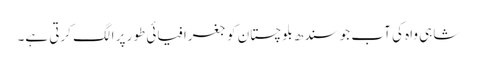
شاہی واہ کی آب جو سندھ بلوچستان کو جغرافیائی طور پر الگ کرتی ہے۔